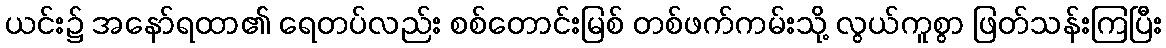
ယင်း၌ အနော်ရထာ၏ ရေတပ်လည်း စစ်တောင်းမြစ် တစ်ဖက်ကမ်းသို့ လွယ်ကူစွာ ဖြတ်သန်းကြပြီး